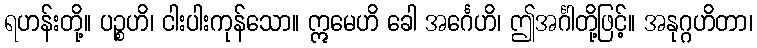
ရဟန်းတို့။ ပဉ္စဟိ၊ ငါးပါးကုန်သော။ ဣမေဟိ ခေါ အင်္ဂေဟိ၊ ဤအင်္ဂါတို့ဖြင့်။ အနုဂ္ဂဟိတာ၊